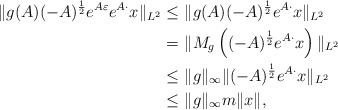
\begin{align*} \|g(A) (-A)^{\frac{1}{2}}e^{A\varepsilon} e^{A \cdot} x\|_{L^2} \leq &\ \|g(A) (-A)^{\frac{1}{2}} e^{A \cdot} x\|_{L^2}\\ = &\ \|M_g \left((-A)^{\frac{1}{2}} e^{A \cdot} x\right)\|_{L^2} \\ \leq&\ \|g\|_{\infty} \|(-A)^{\frac{1}{2}}e^{A \cdot} x \|_{L^2}\\ \leq&\ \|g\|_{\infty} m \|x\|,\end{align*}